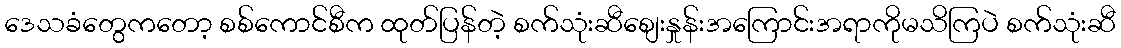
ဒေသခံတွေကတော့ စစ်ကောင်စီက ထုတ်ပြန်တဲ့ စက်သုံးဆီစျေးနှုန်းအကြောင်းအရာကိုမသိကြပဲ စက်သုံးဆီ